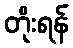
တိုးရန်